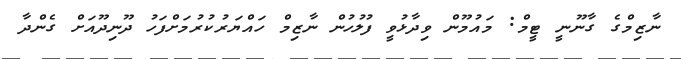
ނާޒިމްގެ ގާނޫނީ ޓީމް: މައުމޫން ވިދާޅުވީ ފުލުހުން ނާޒިމް ހައްޔަރުކުރުމަށްފަހު ދޫނިދޫއަށް ގެންދާ